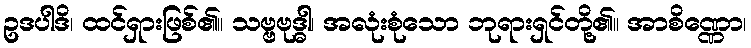
ဥဒပါဒိ၊ ထင်ရှားဖြစ်၏။ သဗ္ဗဗုဒ္ဓါ၊ အလုံးစုံသော ဘုရားရှင်တို့၏။ အာစိဏ္ဏော၊